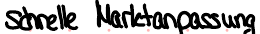
schnelle Marktanpassung